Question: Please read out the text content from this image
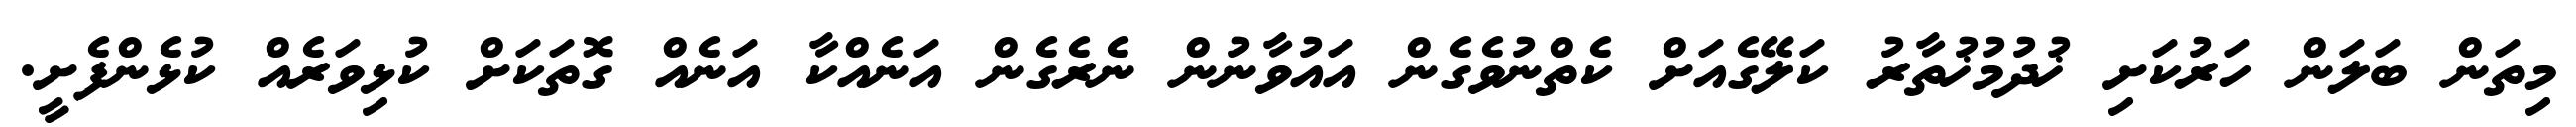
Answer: މިތަން ބަލަން ހަރުކަށި ޚުދުމުޚުތާރު ކަލޭގެއަށް ކެތްނުވެގެން އައުވާނުން ނެރެގެން އަނެއްކާ އަނެއް ގޮތަކަށް ކުޅިވަރެއް ކުޅެންފެށީ.